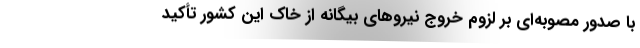
با صدور مصوبه‌ای بر لزوم خروج نیروهای بیگانه از خاک این کشور تأکید